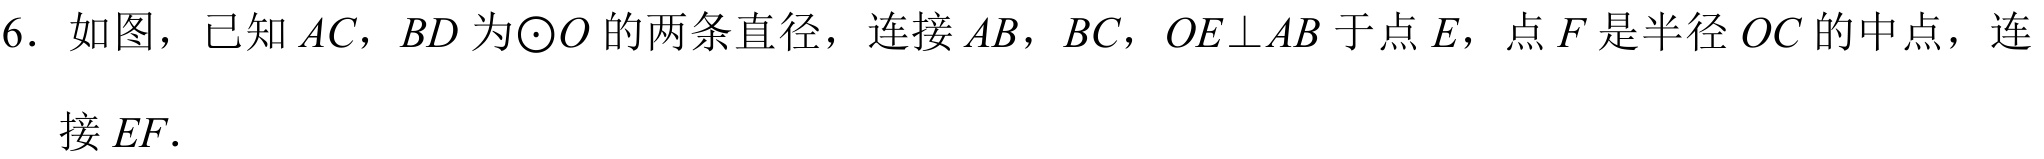
6. 如图，已知\(AC\)，\(BD\)为\(\odot O\)的两条直径，连接\(AB\)，\(BC\)，\(OE\perp AB\)于点\(E\)，点\(F\)是半径\(OC\)的中点，连接\(EF\).